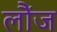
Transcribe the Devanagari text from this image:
लौंज